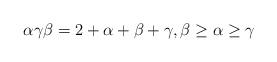
LaTeX: \begin{align*}\alpha \gamma \beta=2+\alpha+\beta+\gamma, \beta \geq\alpha \geq \gamma\end{align*}